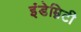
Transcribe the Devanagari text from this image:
इंडेम्निटी